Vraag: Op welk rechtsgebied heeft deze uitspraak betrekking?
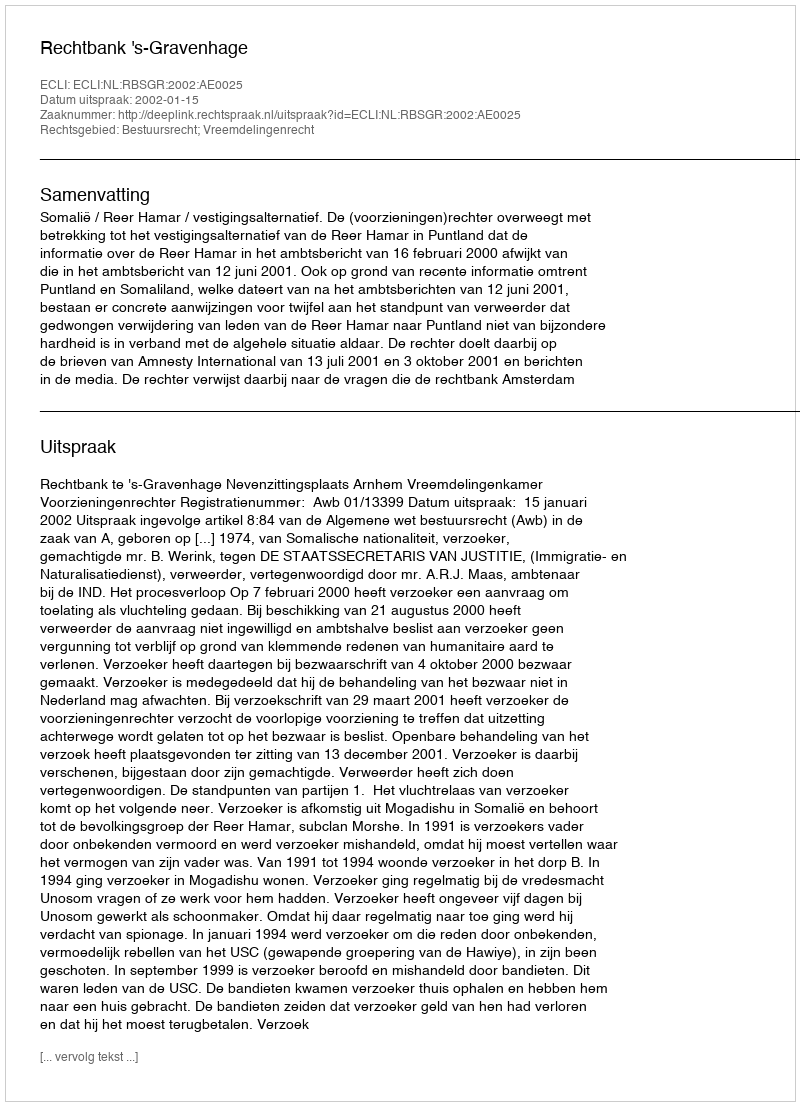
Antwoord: Bestuursrecht; Vreemdelingenrecht